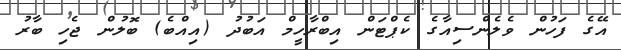
އޭގެ ފަހުން ވެލެންސިއާގެ ކެޕްޓަން އިބްރާހީމް އަބުދު (އިއްބެ) ބޮލުން ޖެހި ބާރު